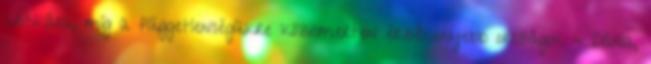
kritikára, míg a függetlenségükre közismerten érzékenyebb országok - Dánia,